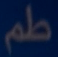
طم